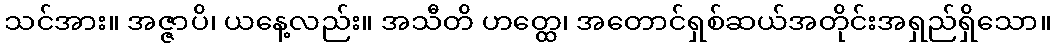
သင်အား။ အဇ္ဇာပိ၊ ယနေ့လည်း။ အသီတိ ဟတ္ထေ၊ အတောင်ရှစ်ဆယ်အတိုင်းအရှည်ရှိသော။